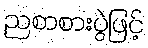
ညစာစားပွဲဖြင့်